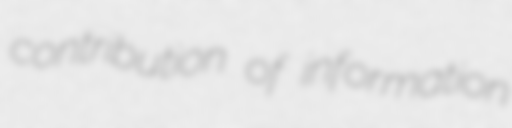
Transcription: contribution of information